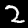
Label: 2